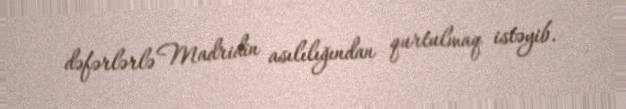
dəfərlərlə Madridin asılılığından qurtulmaq istəyib.